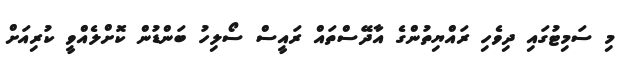
މި ސަމިޓުގައި ދިވެހި ރައްޔިތުންގެ އާދޭސްތައް ރައީސް ސޯލިހު ބަންޑުން ކޮށްލެއްވީ ކުރިއަށް